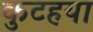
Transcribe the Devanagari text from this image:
कुटहया